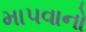
માપવાનો